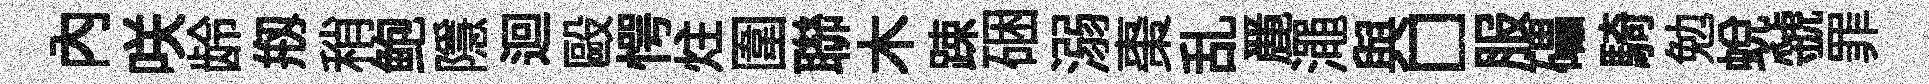
内咲龄剏稍鲍隱迴毆愕炷圍聯木踈硱溺棗乱䴡澠與□服礧騎勉蛻虢罪